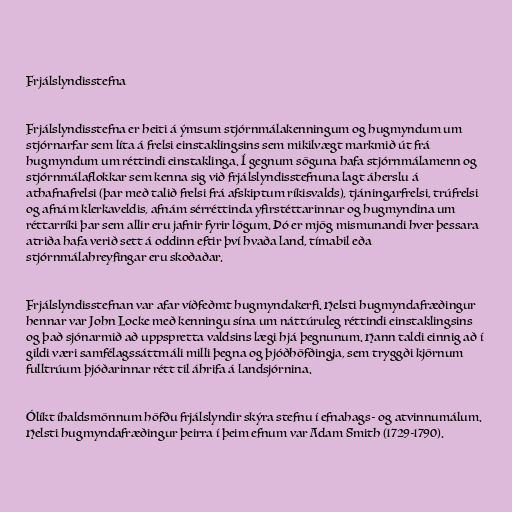
Frjálslyndisstefna

Frjálslyndisstefna er heiti á ýmsum stjórnmálakenningum og hugmyndum um
stjórnarfar sem líta á frelsi einstaklingsins sem mikilvægt markmið út frá
hugmyndum um réttindi einstaklinga. Í gegnum söguna hafa stjórnmálamenn og
stjórnmálaflokkar sem kenna sig við frjálslyndisstefnuna lagt áherslu á
athafnafrelsi (þar með talið frelsi frá afskiptum ríkisvalds), tjáningarfrelsi, trúfrelsi
og afnám klerkaveldis, afnám sérréttinda yfirstéttarinnar og hugmyndina um
réttarríki þar sem allir eru jafnir fyrir lögum. Þó er mjög mismunandi hver þessara
atriða hafa verið sett á oddinn eftir því hvaða land, tímabil eða
stjórnmálahreyfingar eru skoðaðar.

Frjálslyndisstefnan var afar víðfeðmt hugmyndakerfi. Helsti hugmyndafræðingur
hennar var John Locke með kenningu sína um náttúruleg réttindi einstaklingsins
og það sjónarmið að uppspretta valdsins lægi hjá þegnunum. Hann taldi einnig að í
gildi væri samfélagssáttmáli milli þegna og þjóðhöfðingja, sem tryggði kjörnum
fulltrúum þjóðarinnar rétt til áhrifa á landsjórnina.

Ólíkt íhaldsmönnum höfðu frjálslyndir skýra stefnu í efnahags- og atvinnumálum.
Helsti hugmyndafræðingur þeirra í þeim efnum var Adam Smith (1729-1790).